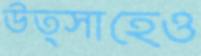
উত্সাহেও